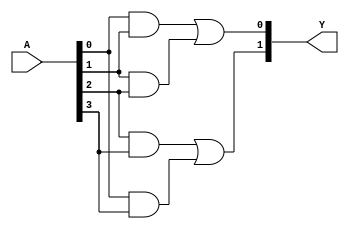
module jewel_pal (
    input wire [3:0] A,     // 4-bit input vector
    output wire [1:0] Y     // 2-bit output vector
);

// Programmable AND gates - customizable configurations
// The actual connections would depend on the programming of the PAL
wire and_output_0, and_output_1, and_output_2, and_output_3;

// Example configuration of AND gates
assign and_output_0 = A[0] & A[1]; // AND gate 0: A0 AND A1
assign and_output_1 = A[1] & A[2]; // AND gate 1: A1 AND A2
assign and_output_2 = A[2] & A[3]; // AND gate 2: A2 AND A3
assign and_output_3 = A[0] & A[3]; // AND gate 3: A0 AND A3

// Fixed OR gates - combining the outputs of AND gates
assign Y[0] = and_output_0 | and_output_1; // OR gate 0: combines outputs of AND gate 0 and 1
assign Y[1] = and_output_2 | and_output_3; // OR gate 1: combines outputs of AND gate 2 and 3

endmodule